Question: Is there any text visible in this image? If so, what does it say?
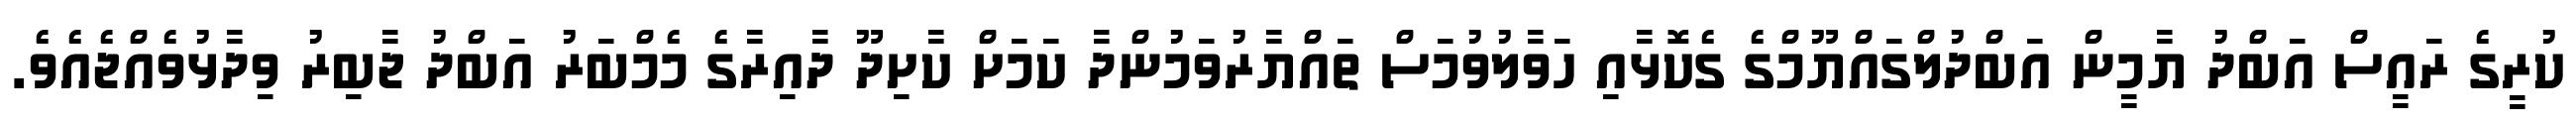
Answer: ކުރީގެ ރައީސް އަބްދު ޔާމީން އަބްދުލްގައްޔޫމްގެ ގެކޮޅާއި ހަވާލުވުމަސް ތައްޔާރުވަމުންދާ ކަމަށް ކާށިދޫ ދާއިރާގެ މެމްބަރު އަބްދު ޖާބިރު ވިދާޅުވެއްޖެއެވެ.